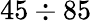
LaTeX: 45\div 85